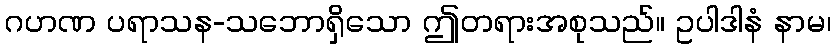
ဂဟဏ ပရာသန-သဘောရှိသော ဤတရားအစုသည်။ ဥပါဒါနံ နာမ၊